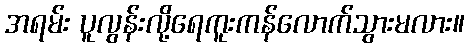
အရမ်း ပူလွန်းလို့ရေကူးကန်လောက်သွားမလား။